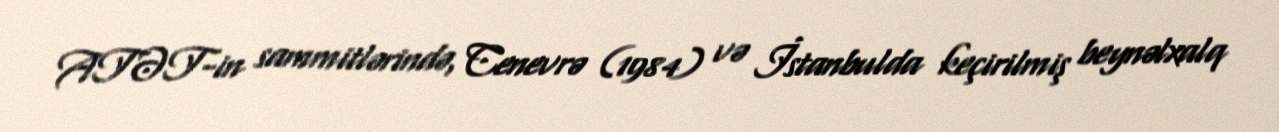
ATƏT-in sammitlərində, Cenevrə (1984) və İstanbulda keçirilmiş beynəlxalq